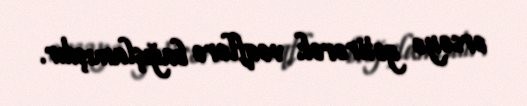
ərsəyə gətirərək vəqflərə bağışlamışdır.